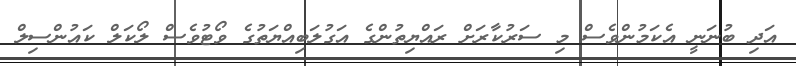
އަދި ބުނަނީ އެކަމުންވެސް މި ސަރުކާރަށް ރައްޔިތުންގެ އަގުލަބިއްޔަތުގެ ވޯޓުވެސް ލޯކަލް ކައުންސިލް